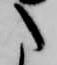
た